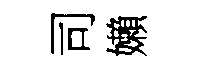
司嬾